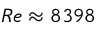
R e \approx 8 3 9 8